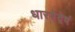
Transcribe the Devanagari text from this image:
धारयेद्वेषं